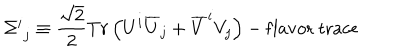
LaTeX: \Sigma _ { \, \, j } ^ { i } \equiv \frac { \sqrt { 2 } } { 2 } T r \left( U ^ { i } \overline { { U } } _ { j } + \overline { { V } } ^ { i } V _ { j } \right) - \mathrm { f l a v o r \ t r a c e }